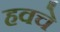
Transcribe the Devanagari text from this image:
हवचे